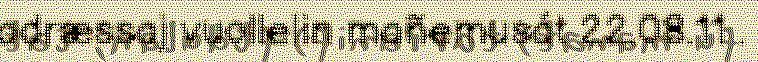
adræssaj vuollelin mañemusát 22.08.11 .